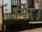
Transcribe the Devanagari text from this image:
गिर।